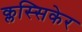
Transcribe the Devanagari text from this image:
क्लस्सिकेर